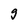
Character: g